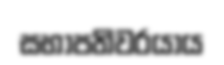
සභාපතිවරයාය